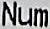
NUM